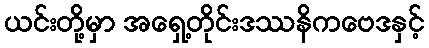
ယင်းတို့မှာ အရှေ့တိုင်းဒဿနိကဗေဒနှင့်